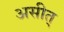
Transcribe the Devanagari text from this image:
असीत्